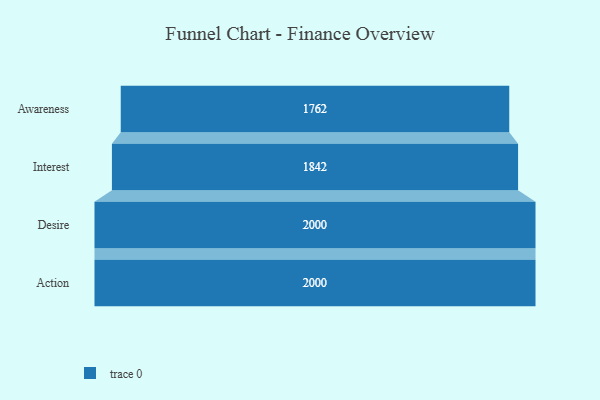
{"axis": {"x": "Stage", "y": "Value"}, "legend": [""], "data": [{"x": "Awareness", "y": 1762.0, "type": ""}, {"x": "Interest", "y": 1842.0, "type": ""}, {"x": "Desire", "y": 2000, "type": ""}, {"x": "Action", "y": 2000, "type": ""}]}